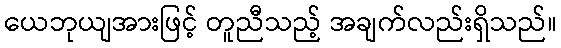
ယေဘုယျအားဖြင့် တူညီသည့် အချက်လည်းရှိသည်။